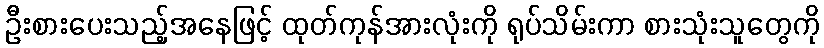
ဦးစားပေးသည့်အနေဖြင့် ထုတ်ကုန်အားလုံးကို ရုပ်သိမ်းကာ စားသုံးသူတွေကို